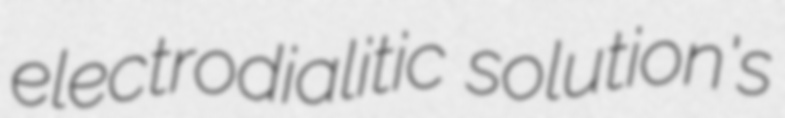
electrodialitic solution's